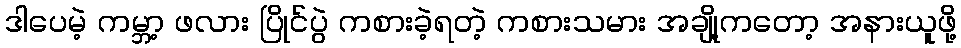
ဒါပေမဲ့ ကမ္ဘာ့ ဖလား ပြိုင်ပွဲ ကစားခဲ့ရတဲ့ ကစားသမား အချို့ကတော့ အနားယူဖို့